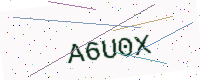
Text: A6U0X